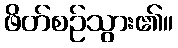
ဖိတ်စဉ်သွား၏။